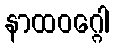
နာထဝဂ္ဂေါ